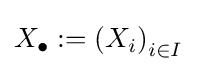
X_{\bullet }:=\left(X_{i}\right)_{i\in I}